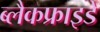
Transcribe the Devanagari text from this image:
ब्लैकफ्राइडे